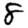
Digit: 8